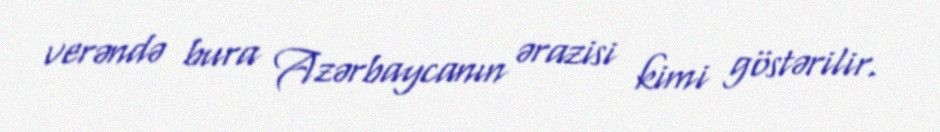
verəndə bura Azərbaycanın ərazisi kimi göstərilir.